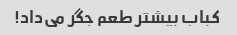
کباب بیشتر طعم جگر می‌داد!